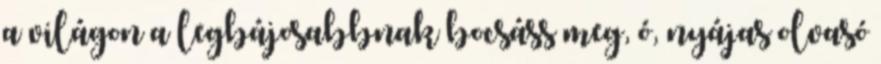
a világon a legbájosabbnak bocsáss meg, ó, nyájas olvasó